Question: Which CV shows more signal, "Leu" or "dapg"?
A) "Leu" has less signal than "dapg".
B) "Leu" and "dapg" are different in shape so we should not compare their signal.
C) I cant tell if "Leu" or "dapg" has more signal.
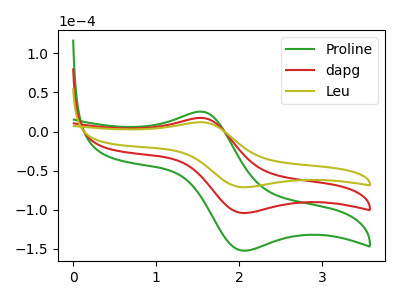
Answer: <think>The green curve "Proline" has an anodic peak at (1.55V, 34.75uA) and a cathodic peak at (2.05V, -208.40uA). The red curve "dapg" has an anodic peak at (1.55V, 17.40uA) and a cathodic peak at (2.05V, -104.20uA). The olive curve "Leu" has an anodic peak at (1.55V, 11.90uA) and a cathodic peak at (2.05V, -71.30uA).
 All the peaks in "Leu" have a peak in "dapg" at the same potential. Every peak in "Leu" is lower than every peak in "dapg".</think>
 <answer>A) "Leu" has less signal than "dapg".</answer>
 <eval>A</eval>